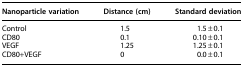
<table><thead><tr><td><b>Nanoparticle variation</b></td><td><b>Distance (cm)</b></td><td><b>Standard deviation</b></td></tr></thead><tbody><tr><td>Control</td><td>1.5</td><td>1.5 ± 0.1</td></tr><tr><td>CD80</td><td>0.1</td><td>0.10 ± 0.1</td></tr><tr><td>VEGF</td><td>1.25</td><td>1.25 ± 0.1</td></tr><tr><td>CD80+VEGF</td><td>0</td><td>0.0 ± 0.1</td></tr></tbody></table>